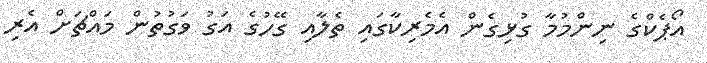
އޯޕެކްގެ ނިންމުމާ ގުޅިގެން އެމެރިކާގައި ތެލާއި ގޭހުގެ އަގު ވަގުތުން މައްޗަށް އެރި